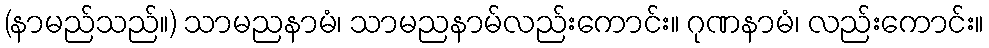
(နာမည်သည်။) သာမညနာမံ၊ သာမညနာမ်လည်းကောင်း။ ဂုဏနာမံ၊ လည်းကောင်း။